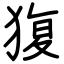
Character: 𤟱